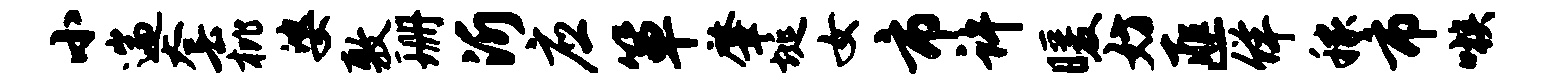
小遄套枇婆敷珊沂应箪肇埏女市许暖妨匪佯稼市嗾